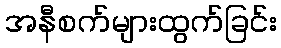
အနီစက်များထွက်ခြင်း